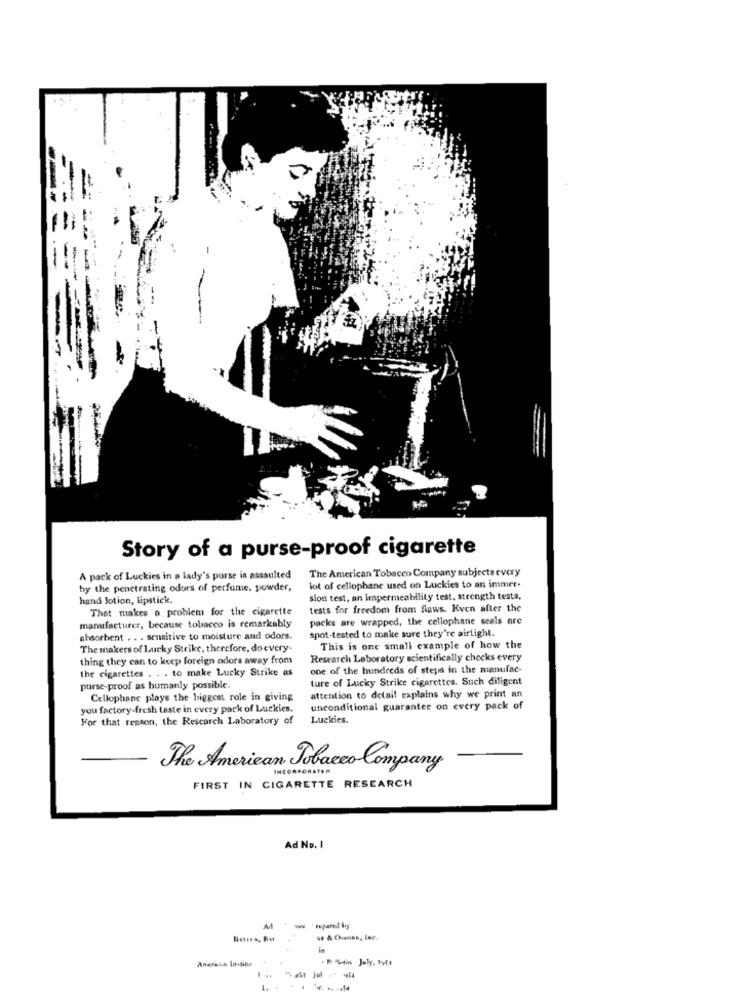
Story of a purse-proof cigarette
The American Tobacco Company subjects every
A pack of Luckies in a lady's purse is assaulted
by the penetrating odors of perfume, powder,
lot of cellophane used on Luckies to an immer.
hand Jotion, lipstick.
sion test, an impermeability test, strength tests,
That makes n problem for the cigarette
tests for freedom from flaws. Kven after the
packs are wrapped, the cellophane seals are
manufacturer, because tobacco is remarkably
spot-tested to make sure they're airtight.
absorbent . . . sensitive to moisture and odors.
The makers of Lucky Strike, therefore, do every.
This is one small example of how the
thing they can to keep foreign odors away from
Research Laboratory scientifically checks every
the cigarettes . . . to make Lucky Strike as
one of the hundreds of steps in the manufac-
ture of Lucky Strike cigarettes. Such diligent
purse-proof as humanly possible.
Cellophane plays the biggest role in giving
attention to detail explains why we print an
you factory-fresh teste in every pack of Luckies.
unconditional guarantee on every pack of
For that reason, the Research Laboratory of
Luckics.
The American Tobacco Company
FIRST IN CIGARETTE RESEARCH
Ad No. 1
. R. Guin July, My4